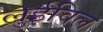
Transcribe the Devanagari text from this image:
लुईविल